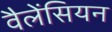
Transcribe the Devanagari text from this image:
वैलेंसियन